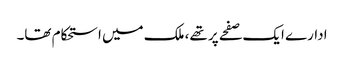
ادارے ایک صفحے پر تھے، ملک میں استحکام تھا۔